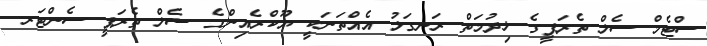
ސްޓެމް ސެލް ތެރަޕީގެ ޚިދުމަތް ރަނގަޅު އެއްތަނަކީ ޔޫކްރެއިންގެ ސެލް ތެރަޕީ ސެންޓަރ